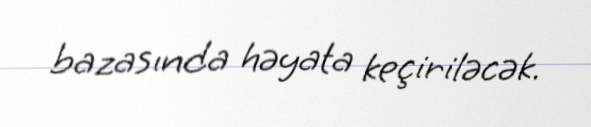
bazasında həyata keçiriləcək.